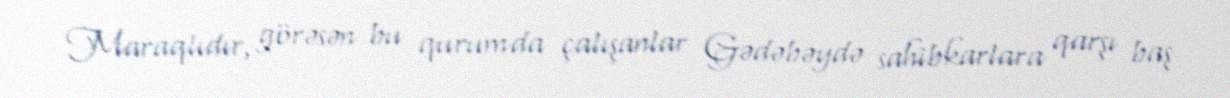
Maraqlıdır, görəsən bu qurumda çalışanlar Gədəbəydə sahibkarlara qarşı baş